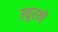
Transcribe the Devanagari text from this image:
उथुराचे